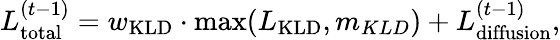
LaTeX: \begin{array}{r}{L_{\mathrm{total}}^{(t-1)}=w_{\mathrm{KLD}}\cdot\mathrm{max}(L_{\mathrm{KLD}},m_{KLD})+L_{\mathrm{diffusion}}^{(t-1)},}\end{array}